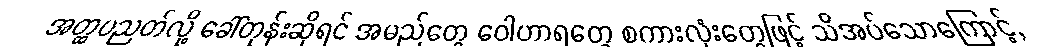
အတ္ထပညတ်လို့ ခေါ်တုန်းဆိုရင် အမည်တွေ ဝေါဟာရတွေ စကားလုံးတွေဖြင့် သိအပ်သောကြောင့်,